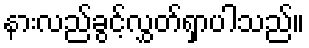
နားလည်ခွင့်လွှတ်ရှာပါသည်။